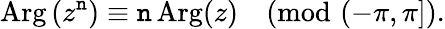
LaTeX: \operatorname{Arg}\left(z^{\mathtt{n}}\right)\equiv\mathtt{n}\operatorname{Arg}(z){\pmod{(-\pi,\pi]}}.